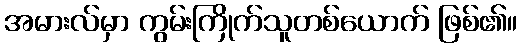
အမားလ်မှာ ကွမ်းကြိုက်သူတစ်ယောက် ဖြစ်၏။